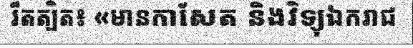
រឹតត្បិត៖ «មានកាសែត និងវិទ្យុឯករាជ